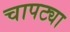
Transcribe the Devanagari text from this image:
चापट्या